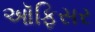
ઑફિસર